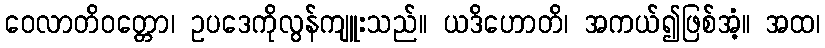
ဝေလာတိဝတ္တော၊ ဥပဒေကိုလွန်ကျူးသည်။ ယဒိဟောတိ၊ အကယ်၍ဖြစ်အံ့။ အထ၊